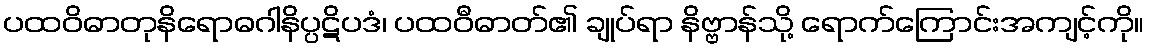
ပထဝိဓာတုနိရောဓဂါနိပ္ပဋိပဒံ၊ ပထဝီဓာတ်၏ ချုပ်ရာ နိဗ္ဗာန်သို့ ရောက်ကြောင်းအကျင့်ကို။